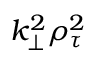
k _ { \perp } ^ { 2 } \rho _ { \tau } ^ { 2 }